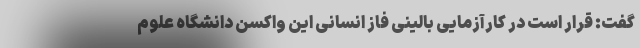
گفت: قرار است در کارآزمایی بالینی فاز انسانی این واکسن دانشگاه علوم